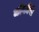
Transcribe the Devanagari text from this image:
जोकोबी